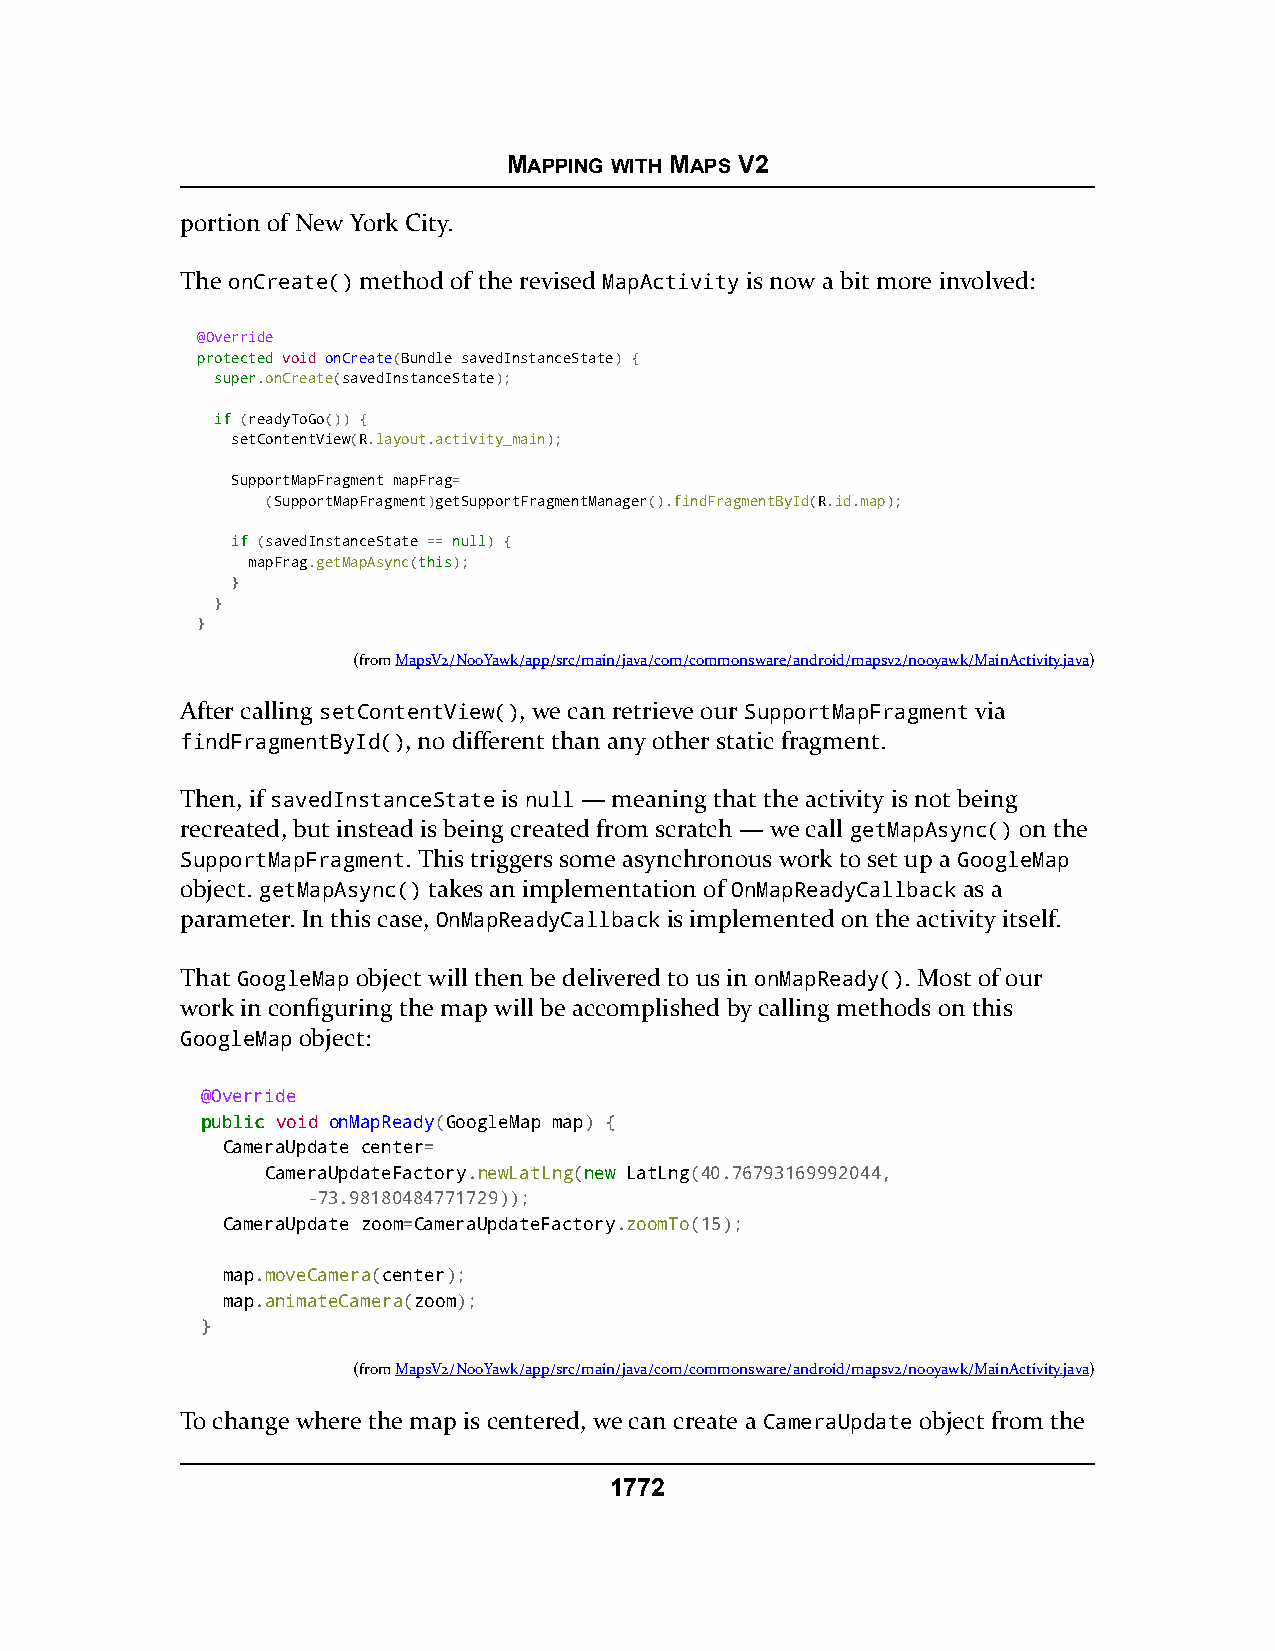
MAPPING WITH MAPS V2
 portion of New York City.
 The onCreate() method of the revised MapActivity is now a bit more involved:
 @Override
 pprrootteecctteedd void onCreate(Bundle savedInstanceState) {
 ssuuppeerr.onCreate(savedInstanceState);
 iiff (readyToGo()) {
 setContentView(R.layout.activity_main);
 SupportMapFragment mapFrag=
 (SupportMapFragment)getSupportFragmentManager().findFragmentById(R.id.map);
 iiff (savedInstanceState == nnuullll) {
 mapFrag.getMapAsync(tthhiiss);
 }
 }
 }
 (fromMapsV2/NooYawk/app/src/main/java/com/commonsware/android/mapsv2/nooyawk/MainActivity.java)
 After calling setContentView(), we can retrieve our SupportMapFragment via
 findFragmentById(), no different than any other static fragment.
 Then, if savedInstanceState is null — meaning that the activity is not being
 recreated, but instead is being created from scratch — we call getMapAsync() on the
 SupportMapFragment. This triggers some asynchronous work to set up a GoogleMap
 object. getMapAsync() takes an implementation of OnMapReadyCallback as a
 parameter. In this case, OnMapReadyCallback is implemented on the activity itself.
 That GoogleMap object will then be delivered to us in onMapReady(). Most of our
 work in configuring the map will be accomplished by calling methods on this
 GoogleMap object:
 @Override
 ppuubblliicc void onMapReady(GoogleMap map) {
 CameraUpdate center=
 CameraUpdateFactory.newLatLng(nneeww LatLng(40.76793169992044,
 -73.98180484771729));
 CameraUpdate zoom=CameraUpdateFactory.zoomTo(15);
 map.moveCamera(center);
 map.animateCamera(zoom);
 }
 (fromMapsV2/NooYawk/app/src/main/java/com/commonsware/android/mapsv2/nooyawk/MainActivity.java)
 To change where the map is centered, we can create a CameraUpdate object from the
 1772